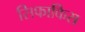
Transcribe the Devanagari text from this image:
सिफाकिस